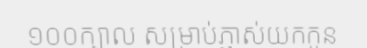
១០០ក្បាល សម្រាប់ភ្ញាស់យកកូន